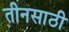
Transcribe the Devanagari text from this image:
तीनसाठी